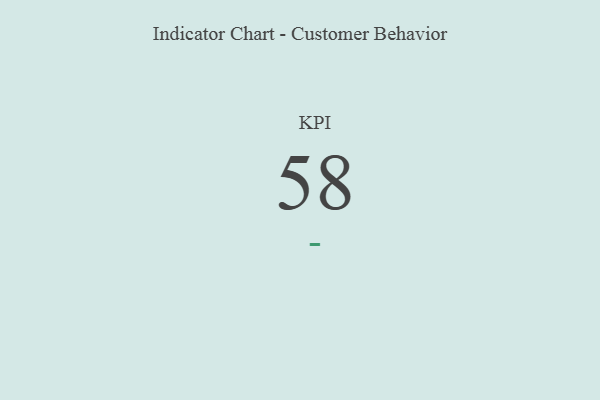
{"axis": {"x": "KPI", "y": "Value"}, "legend": [""], "data": [{"x": "KPI", "y": 58, "type": ""}]}